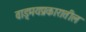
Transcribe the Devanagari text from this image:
वाड्मयप्रकारातील